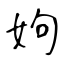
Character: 姁